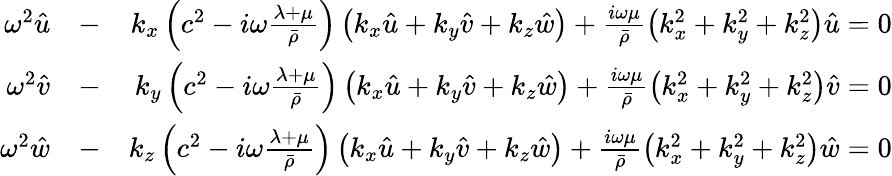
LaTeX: \begin{array}{rlr}{\omega^{2}\hat{u}}&{-}&{k_{x}\left(c^{2}-i\omega\frac{\lambda+\mu}{\bar{\rho}}\right)\left(k_{x}\hat{u}+k_{y}\hat{v}+k_{z}\hat{w}\right)+\frac{i\omega\mu}{\bar{\rho}}\left(k_{x}^{2}+k_{y}^{2}+k_{z}^{2}\right)\hat{u}=0}\\ {\omega^{2}\hat{v}}&{-}&{k_{y}\left(c^{2}-i\omega\frac{\lambda+\mu}{\bar{\rho}}\right)\left(k_{x}\hat{u}+k_{y}\hat{v}+k_{z}\hat{w}\right)+\frac{i\omega\mu}{\bar{\rho}}\left(k_{x}^{2}+k_{y}^{2}+k_{z}^{2}\right)\hat{v}=0}\\ {\omega^{2}\hat{w}}&{-}&{k_{z}\left(c^{2}-i\omega\frac{\lambda+\mu}{\bar{\rho}}\right)\left(k_{x}\hat{u}+k_{y}\hat{v}+k_{z}\hat{w}\right)+\frac{i\omega\mu}{\bar{\rho}}\left(k_{x}^{2}+k_{y}^{2}+k_{z}^{2}\right)\hat{w}=0}\end{array}